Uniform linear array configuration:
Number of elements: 48
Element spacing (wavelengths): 0.5
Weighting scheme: binomial
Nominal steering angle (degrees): -60
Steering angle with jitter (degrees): -59.043
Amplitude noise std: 0.05
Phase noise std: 0.05

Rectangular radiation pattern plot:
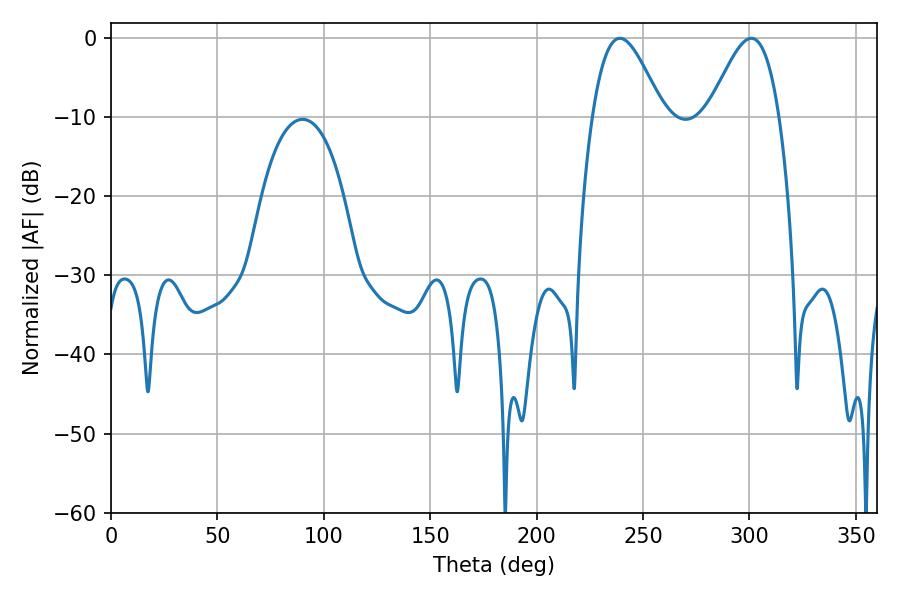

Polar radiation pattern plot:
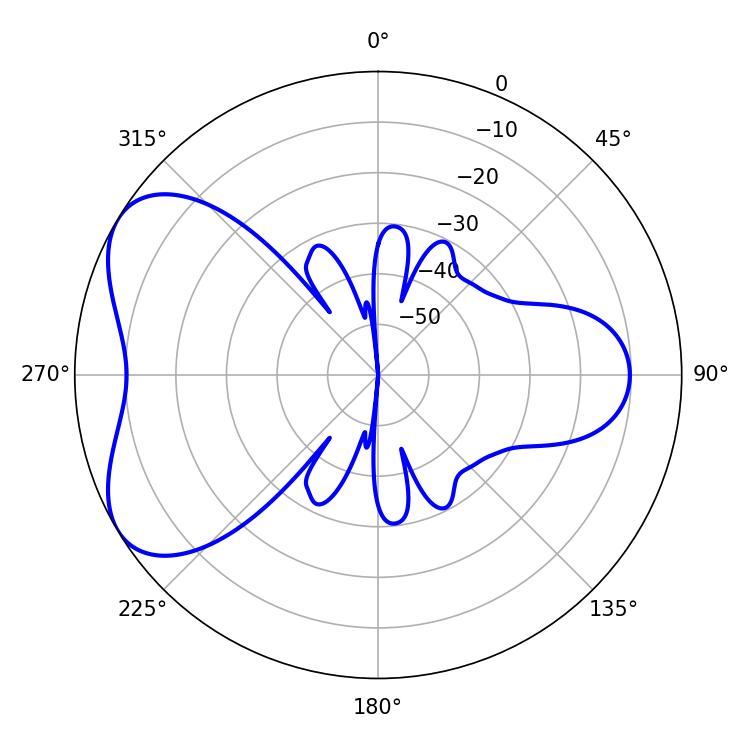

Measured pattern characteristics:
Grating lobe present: FALSE
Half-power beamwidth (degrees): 17.64
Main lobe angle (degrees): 239.04